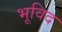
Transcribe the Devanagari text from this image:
भूविद